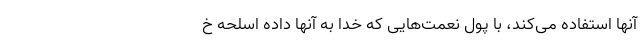
آنها استفاده می‌کند، با پول نعمت‌هایی که خدا به آنها داده اسلحه خ